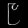
Digit: ၉